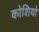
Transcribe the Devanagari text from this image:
कोशियो